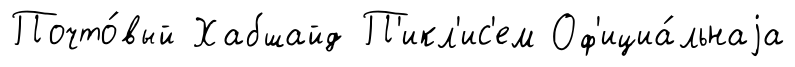
Почто́вый Хабшайд П'икл'ис'ем Оф'ициа́льнаjа